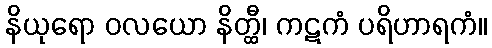
နိယုရော ဝလယော နိတ္ထီ၊ ကဋကံ ပရိဟာရကံ။